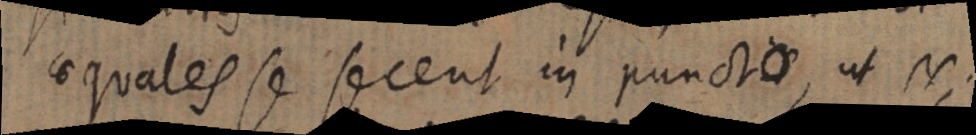
aequales se secent in puncto, ut N;